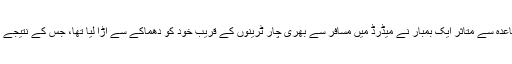
یاد رہے کہ مارچ 2004ء میں القاعدہ سے متاثر ایک بمبار نے میڈرڈ میں مسافر سے بھری چار ٹرینوں کے قریب خود کو دھماکے سے اڑا لیا تھا، جس کے نتیجے میں 191 افراد ہلاک ہوگئے تھے۔